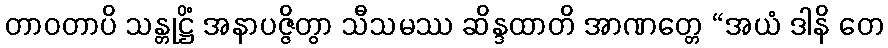
တာဝတာပိ သန္တုဋ္ဌိံ အနာပဇ္ဇိတွာ သီသမဿ ဆိန္ဒထာတိ အာဏတ္တေ “အယံ ဒါနိ တေ